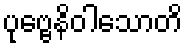
ပုဗ္ဗေနိဝါသောတိ